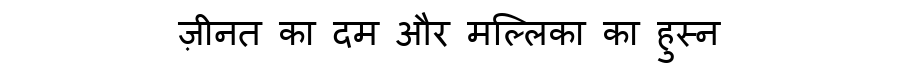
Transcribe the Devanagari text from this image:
ज़ीनत का दम और मल्लिका का हुस्न